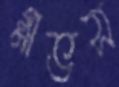
গ্লাভস